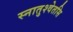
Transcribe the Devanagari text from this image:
स्नातुश्वेतसि